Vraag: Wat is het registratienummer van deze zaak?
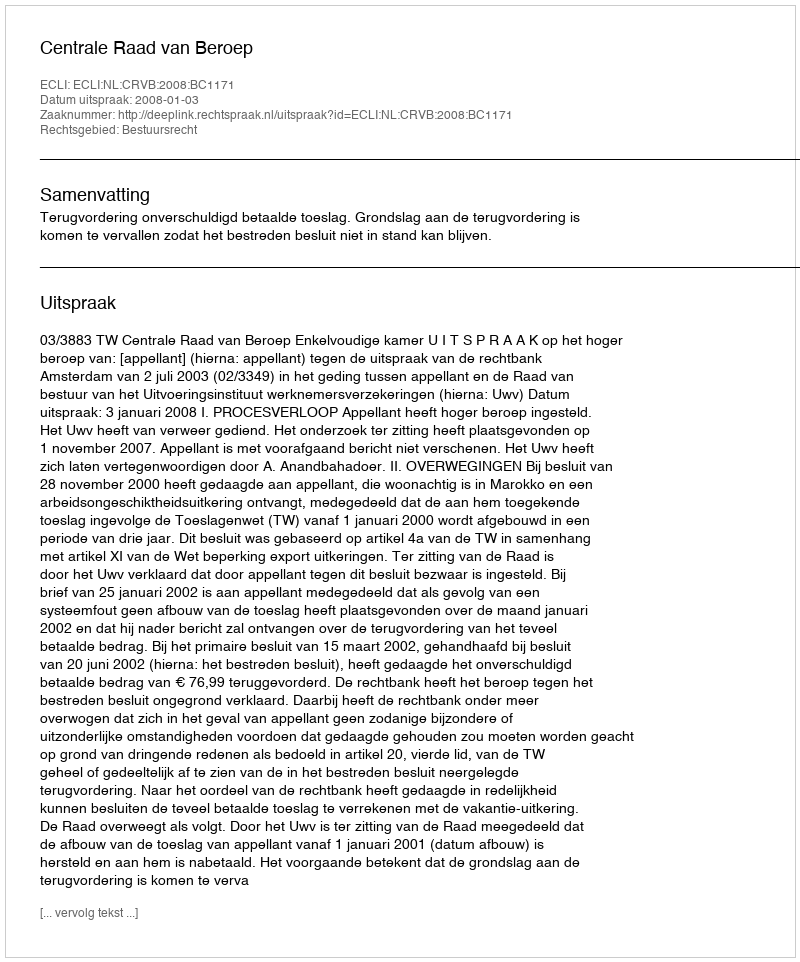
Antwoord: http://deeplink.rechtspraak.nl/uitspraak?id=ECLI:NL:CRVB:2008:BC1171